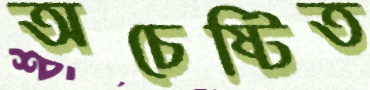
অচেষ্টিত